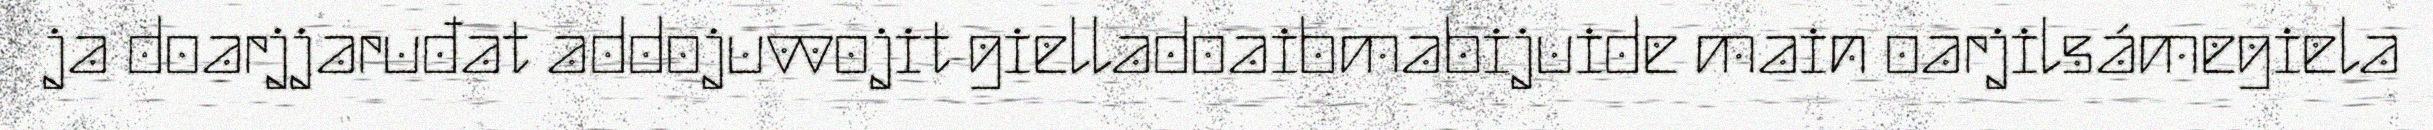
ja doarjjaruđat addojuvvojit gielladoaibmabijuide main oarjilsámegiela